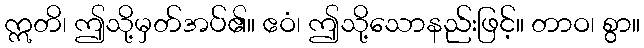
ဣတိ၊ ဤသို့မှတ်အပ်၏။ ဧဝံ၊ ဤသို့သောနည်းဖြင့်။ တာဝ၊ စွာ။